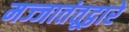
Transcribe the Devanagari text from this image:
मज्जातंतूद्वारे